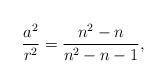
LaTeX: \begin{align*}\frac{a^2}{r^2}=\frac{n^2-n}{n^2-n-1},~~\end{align*}